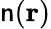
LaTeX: \mathsf{n}(\mathbf{{r}})